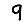
Digit: 9